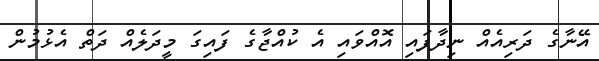
އޭނާގެ ދަރިއެއް ނިދާފައި އޮއްވައި އެ ކުއްޖާގެ ފައިގަ މީދަލެއް ދަތް އެޅުމުން